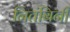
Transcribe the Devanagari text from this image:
नितंबिनी